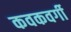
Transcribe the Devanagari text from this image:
कवकवर्गी